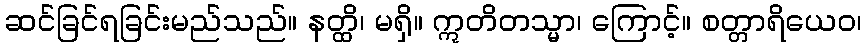
ဆင်ခြင်ရခြင်းမည်သည်။ နတ္ထိ၊ မရှိ။ ဣတိတသ္မာ၊ ကြောင့်။ စတ္တာရိယေဝ၊